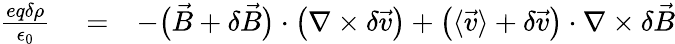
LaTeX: \begin{array}{rlr}{\frac{eq\delta\rho}{\epsilon_{0}}}&{{}=}&{-\big(\vec{B}+\delta\vec{B}\big)\cdot\big(\nabla\times\delta\vec{v}\big)+\big(\langle\vec{v}\rangle+\delta\vec{v}\big)\cdot\nabla\times\delta\vec{B}}\end{array}